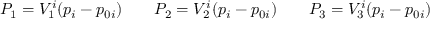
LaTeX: P _ { 1 } = V _ { 1 } ^ { i } ( p _ { i } - p _ { 0 i } ) \qquad P _ { 2 } = V _ { 2 } ^ { i } ( p _ { i } - p _ { 0 i } ) \qquad P _ { 3 } = V _ { 3 } ^ { i } ( p _ { i } - p _ { 0 i } )